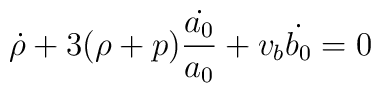
\dot{\rho} + 3 (\rho + p) \frac{\dot{a_0}}{a_0} + v_b \dot{b_0} = 0